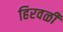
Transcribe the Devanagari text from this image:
हिरवळी